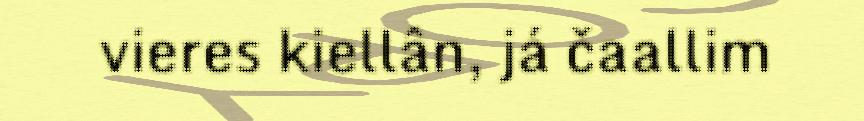
vieres kiellân, já čaallim